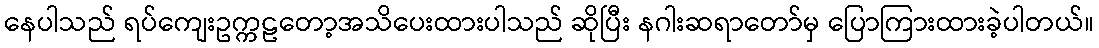
နေပါသည် ရပ်ကျေးဥက္ကဠတော့အသိပေးထားပါသည် ဆိုပြီး နဂါးဆရာတော်မှ ပြောကြားထားခဲ့ပါတယ်။